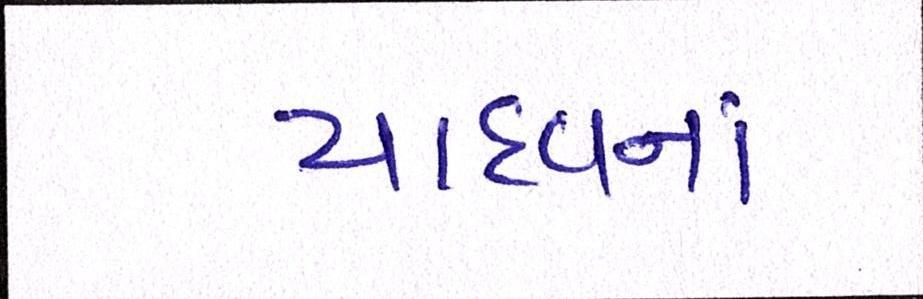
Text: યાદવનાં